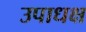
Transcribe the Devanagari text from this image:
उपाधक्ष